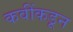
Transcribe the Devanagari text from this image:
कवींकडून